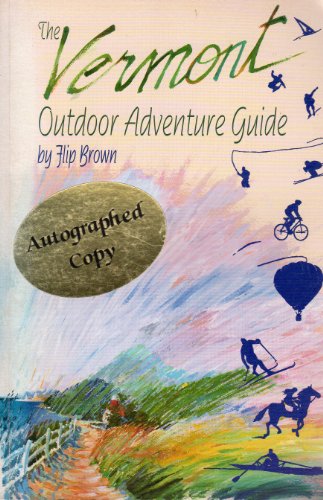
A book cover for The Vermont Outdoor Adventure Guide; Flip Brown; Travel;